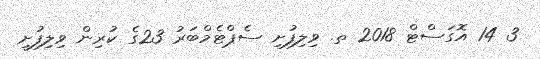
3 14 އޮގަސްޓް 2018 ތ. ވިލިފުށި ސެޕްޓެމްބަރު 23ގެ ކުރިން ވިލިފުށީ